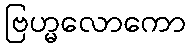
ဗြဟ္မလောကော